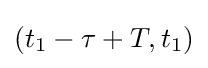
(t_{1}-\tau +T,t_{1})